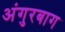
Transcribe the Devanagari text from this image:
अंगुरबाग